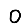
Digit: 0